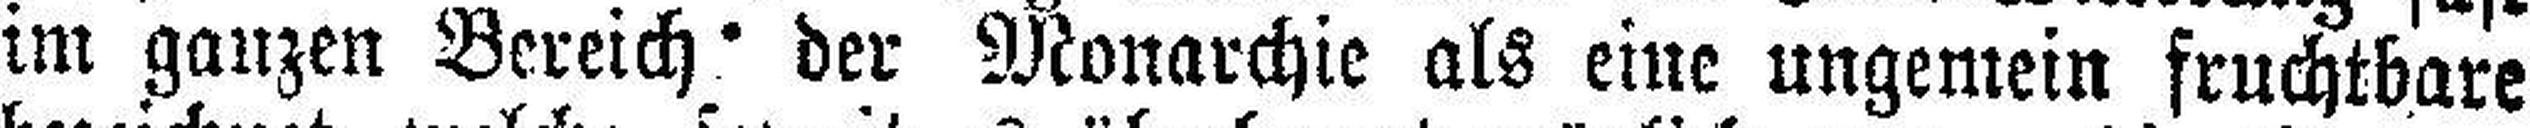
im ganzen Bereich der Monarchie als eine ungemein fruchtbare